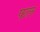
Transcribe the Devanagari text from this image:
फल